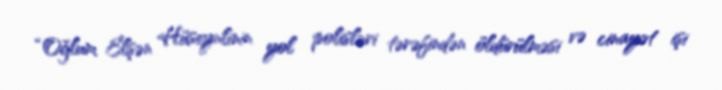
“Oğlum Elşən Hüseynlinin yol polisləri tərəfindən öldürülməsi və cinayət işi